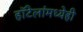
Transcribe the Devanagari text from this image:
हॉटेलांमध्येही